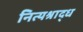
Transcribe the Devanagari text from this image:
नित्यश्राद्ध